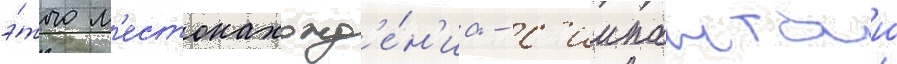
э́того м'естонахожд'е́н'иа - с'иипанташ